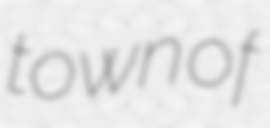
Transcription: town of